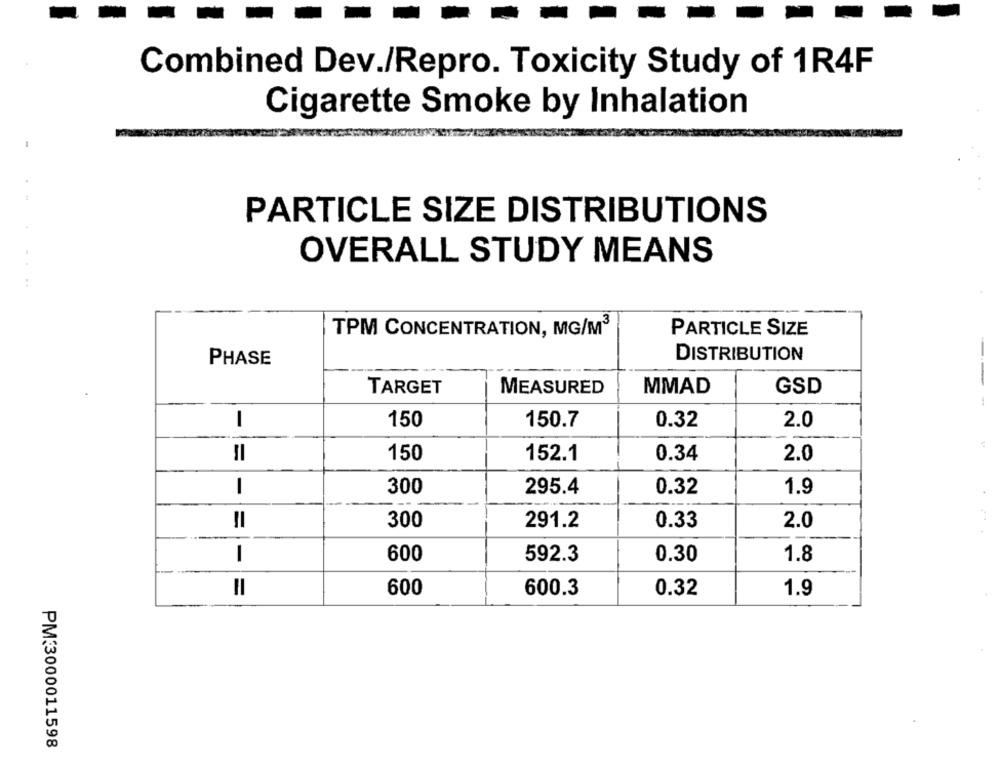
Combined Dev./Repro. Toxicity Study of 1R4F
Cigarette Smoke by Inhalation
-
PARTICLE SIZE DISTRIBUTIONS
OVERALL STUDY MEANS
TPM CONCENTRATION, MG/M3
PARTICLE SIZE
PHASE
DISTRIBUTION
--
TARGET
MEASURED
MMAD
GSD
1
150
150.7
0.32
2.0
=
150
152.1
0.34
2.0
1
300
295.4
0.32
1.9
300
0.33
=
291.2
2.0
I
600
592.3
0.30
1.8
600
0.32
1.9
=
600.3
PM:3000011598